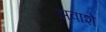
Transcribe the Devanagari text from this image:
सवाशे